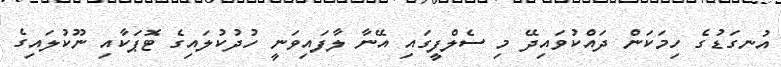
އުނގަޑުގެ ހިމަކަން ދައްކުވައިދޭ މި ސެލްފީގައި އޭނާ ލާފައިވަނީ ހުދުކުލައިގެ ޓޮޕަކާއި ނޫކުލައިގެ